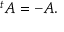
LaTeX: { } ^ { t } A = - A .